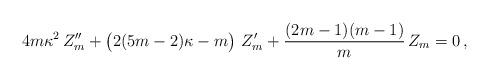
LaTeX: \begin{align*}4 m \kappa^{2}\, Z''_{m} + \left(\strut 2(5m-2)\kappa -m\right)\, Z'_{m} + {(2m-1)(m-1)\over m}\, Z_{m} = 0\, ,\end{align*}